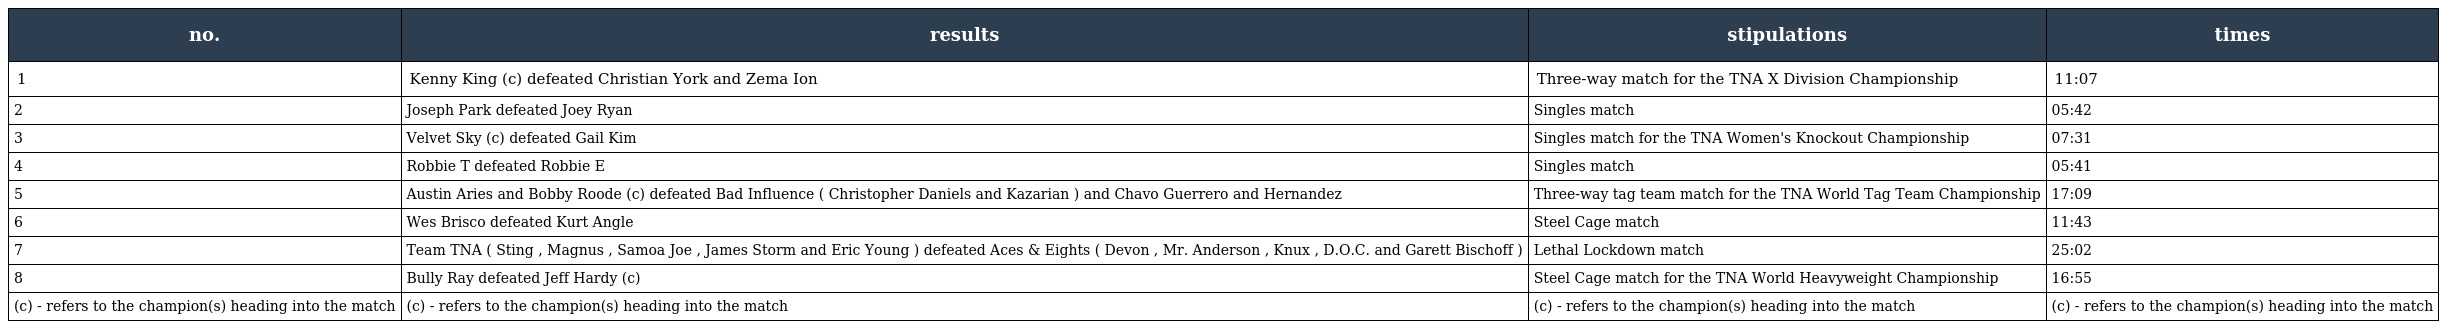
| no. | results | stipulations | times |
 | --- | --- | --- | --- |
 | 1 | Kenny King (c) defeated Christian York and Zema Ion | Three-way match for the TNA X Division Championship | 11:07 |
 | 2 | Joseph Park defeated Joey Ryan | Singles match | 05:42 |
 | 3 | Velvet Sky (c) defeated Gail Kim | Singles match for the TNA Women's Knockout Championship | 07:31 |
 | 4 | Robbie T defeated Robbie E | Singles match | 05:41 |
 | 5 | Austin Aries and Bobby Roode (c) defeated Bad Influence ( Christopher Daniels and Kazarian ) and Chavo Guerrero and Hernandez | Three-way tag team match for the TNA World Tag Team Championship | 17:09 |
 | 6 | Wes Brisco defeated Kurt Angle | Steel Cage match | 11:43 |
 | 7 | Team TNA ( Sting , Magnus , Samoa Joe , James Storm and Eric Young ) defeated Aces & Eights ( Devon , Mr. Anderson , Knux , D.O.C. and Garett Bischoff ) | Lethal Lockdown match | 25:02 |
 | 8 | Bully Ray defeated Jeff Hardy (c) | Steel Cage match for the TNA World Heavyweight Championship | 16:55 |
 | (c) - refers to the champion(s) heading into the match | (c) - refers to the champion(s) heading into the match | (c) - refers to the champion(s) heading into the match | (c) - refers to the champion(s) heading into the match |